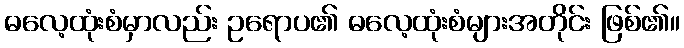
ဓလေ့ထုံးစံမှာလည်း ဥရောပ၏ ဓလေ့ထုံးစံများအတိုင်း ဖြစ်၏။